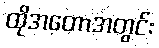
ထိုအတောအတွင်း